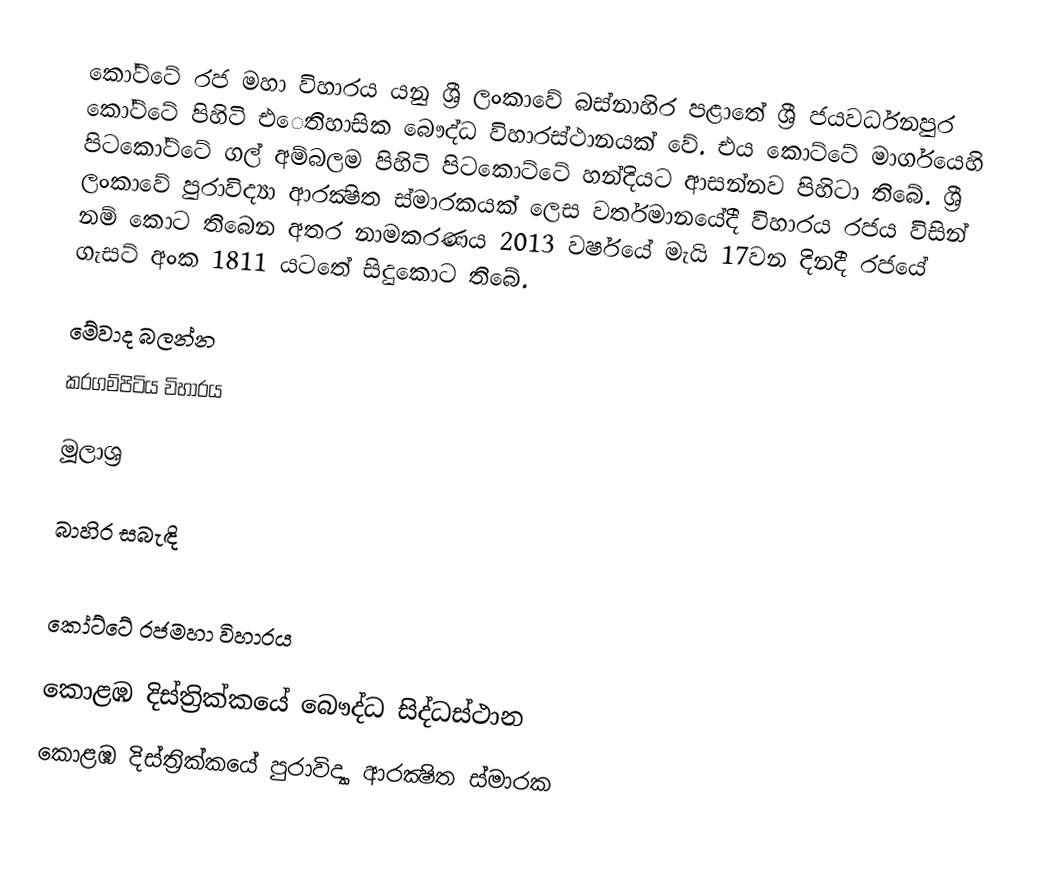
කෝට්ටේ රජ මහා විහාරය යනු ශ්‍රී ලංකාවේ බස්නාහිර පළාතේ ශ්‍රී ජයවර්ධනපුර කෝට්ටේ පිහිටි එෙතිහාසික බෞද්ධ විහාරස්ථානයක් වේ. එය කොට්ටේ මාර්ගයෙහි පිටකෝට්ටේ ගල් අම්බලම පිහිටි පිටකොට්ටේ හන්දියට ආසන්නව පිහිටා තිබේ. ශ්‍රී ලංකාවේ පුරාවිද්‍යා ආරක්‍ෂිත ස්මාරකයක් ලෙස වර්තමානයේදී විහාරය රජය විසින් නම් කොට තිබෙන අතර නාමකරණය 2013 වර්ෂයේ මැයි 17වන දිනදී රජයේ ගැසට් අංක 1811 යටතේ සිදුකොට තිබේ.

මේවාද බලන්න
කරගම්පිටිය විහාරය

මූලාශ්‍ර

බාහිර සබැඳි

 කෝට්ටේ රජමහා විහාරය

කොළඹ දිස්ත්‍රික්කයේ බෞද්ධ සිද්ධස්ථාන‎
කොළඹ දිස්ත්‍රික්කයේ පුරාවිද්‍යා ආරක්‍ෂිත ස්මාරක‎